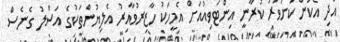
އަދި އެކަން ކަށަވަރު ކުރާނީ އިންޓަވިއުއަށް އެމީހަކު ހާޒިރުވާއިރު އެލިޔުންތަކުގެ އަސްލު ގެނެސް